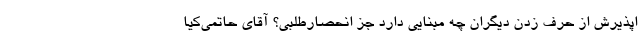
اپذیرش از حرف زدن دیگران چه مبنایی دارد جز انحصارطلبی؟ آقای حاتمی‌کیا